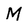
Character: M